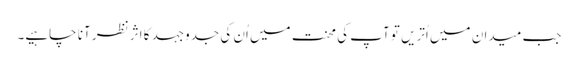
جب میدان میں اُتریں تو آپ کی محنت میں اُن کی جدوجہد کا اثر نظر آنا چاہیے۔